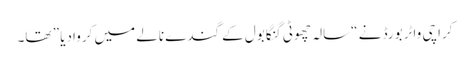
کراچی واٹر بورڈ نے “سالہ چھوٹی گنگا بول کے گندے نالے میں کروادیا ” تھا۔